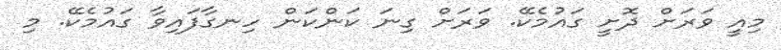
މިއީ ވަރަށް ދޮށީ ގައުމެކޭ. ވަރަށް ގިނަ ކަންކަން ހިނގާފައިވާ ގައުމެކޭ. މި